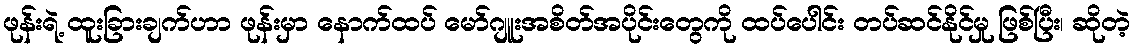
ဖုန်းရဲ့ ထူးခြားချက်ဟာ ဖုန်းမှာ နောက်ထပ် မော်ဂျူးအစိတ်အပိုင်းတွေကို ထပ်ပေါင်း တပ်ဆင်နိုင်မှု ဖြစ်ပြီး၊ ဆိုတဲ့